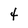
Character: 4